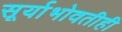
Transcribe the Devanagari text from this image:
सूर्याभोवतीही